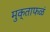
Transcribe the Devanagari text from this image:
मुक्ताफळं